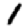
Digit: 1